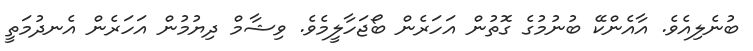
ބުނެލިއެވެ. އާއެންކޭ ބުނުމުގެ ގޮތުން އަހަރެން ބޯޖަހާލީމެވެ. ވިޝާމް ދިޔުމުން އަހަރެން އެނދުމަތީ